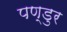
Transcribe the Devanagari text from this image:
पण्डुर